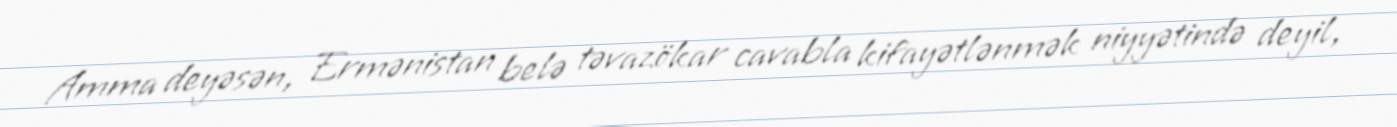
Amma deyəsən, Ermənistan belə təvazökar cavabla kifayətlənmək niyyətində deyil,